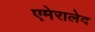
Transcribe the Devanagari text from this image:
एमेरालेद